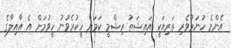
އެންމެ ހުނަރުވެރި ތަރިއަކީ އައިޝަތު ރިޝްމީ ކަމަށް ހީކުރެވުނު ހީވުމަށް އެ އާއިލާގެ